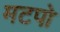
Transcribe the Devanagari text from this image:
मटपो